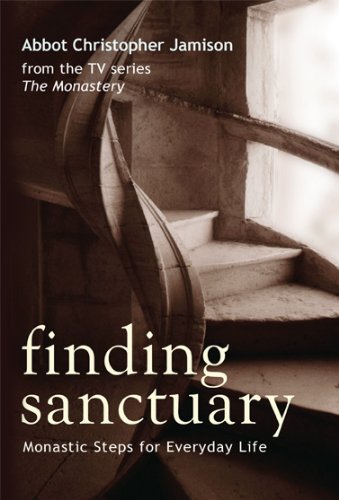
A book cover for Finding Sanctuary: Monastic Steps for Everyday Life; Abbot Christopher Jamison; Christian Books & Bibles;